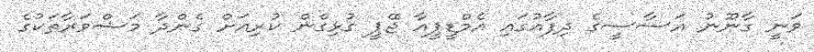
ވަނީ ގާނޫނު އަސާސީގެ ދިފާއުގައި އެމްޑީޕީއާ ޖޭޕީ ގުޅިގެން ކުރިއަށް ގެންދާ މަޝްވަރާތަކުގެ